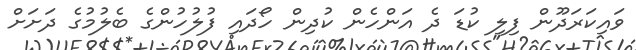
ވައިކަރަދޫން ފިލި ކުޑަ ދެ އަންހެން ކުދިން ހޯދައި ފުލުހުންގެ ބެލުމުގެ ދަށަށް